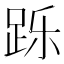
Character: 跞